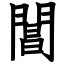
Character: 閶